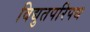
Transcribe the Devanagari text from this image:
विद्युतपरिपथ